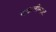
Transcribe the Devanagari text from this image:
चकतीम्फट